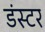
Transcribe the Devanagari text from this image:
डंस्टर